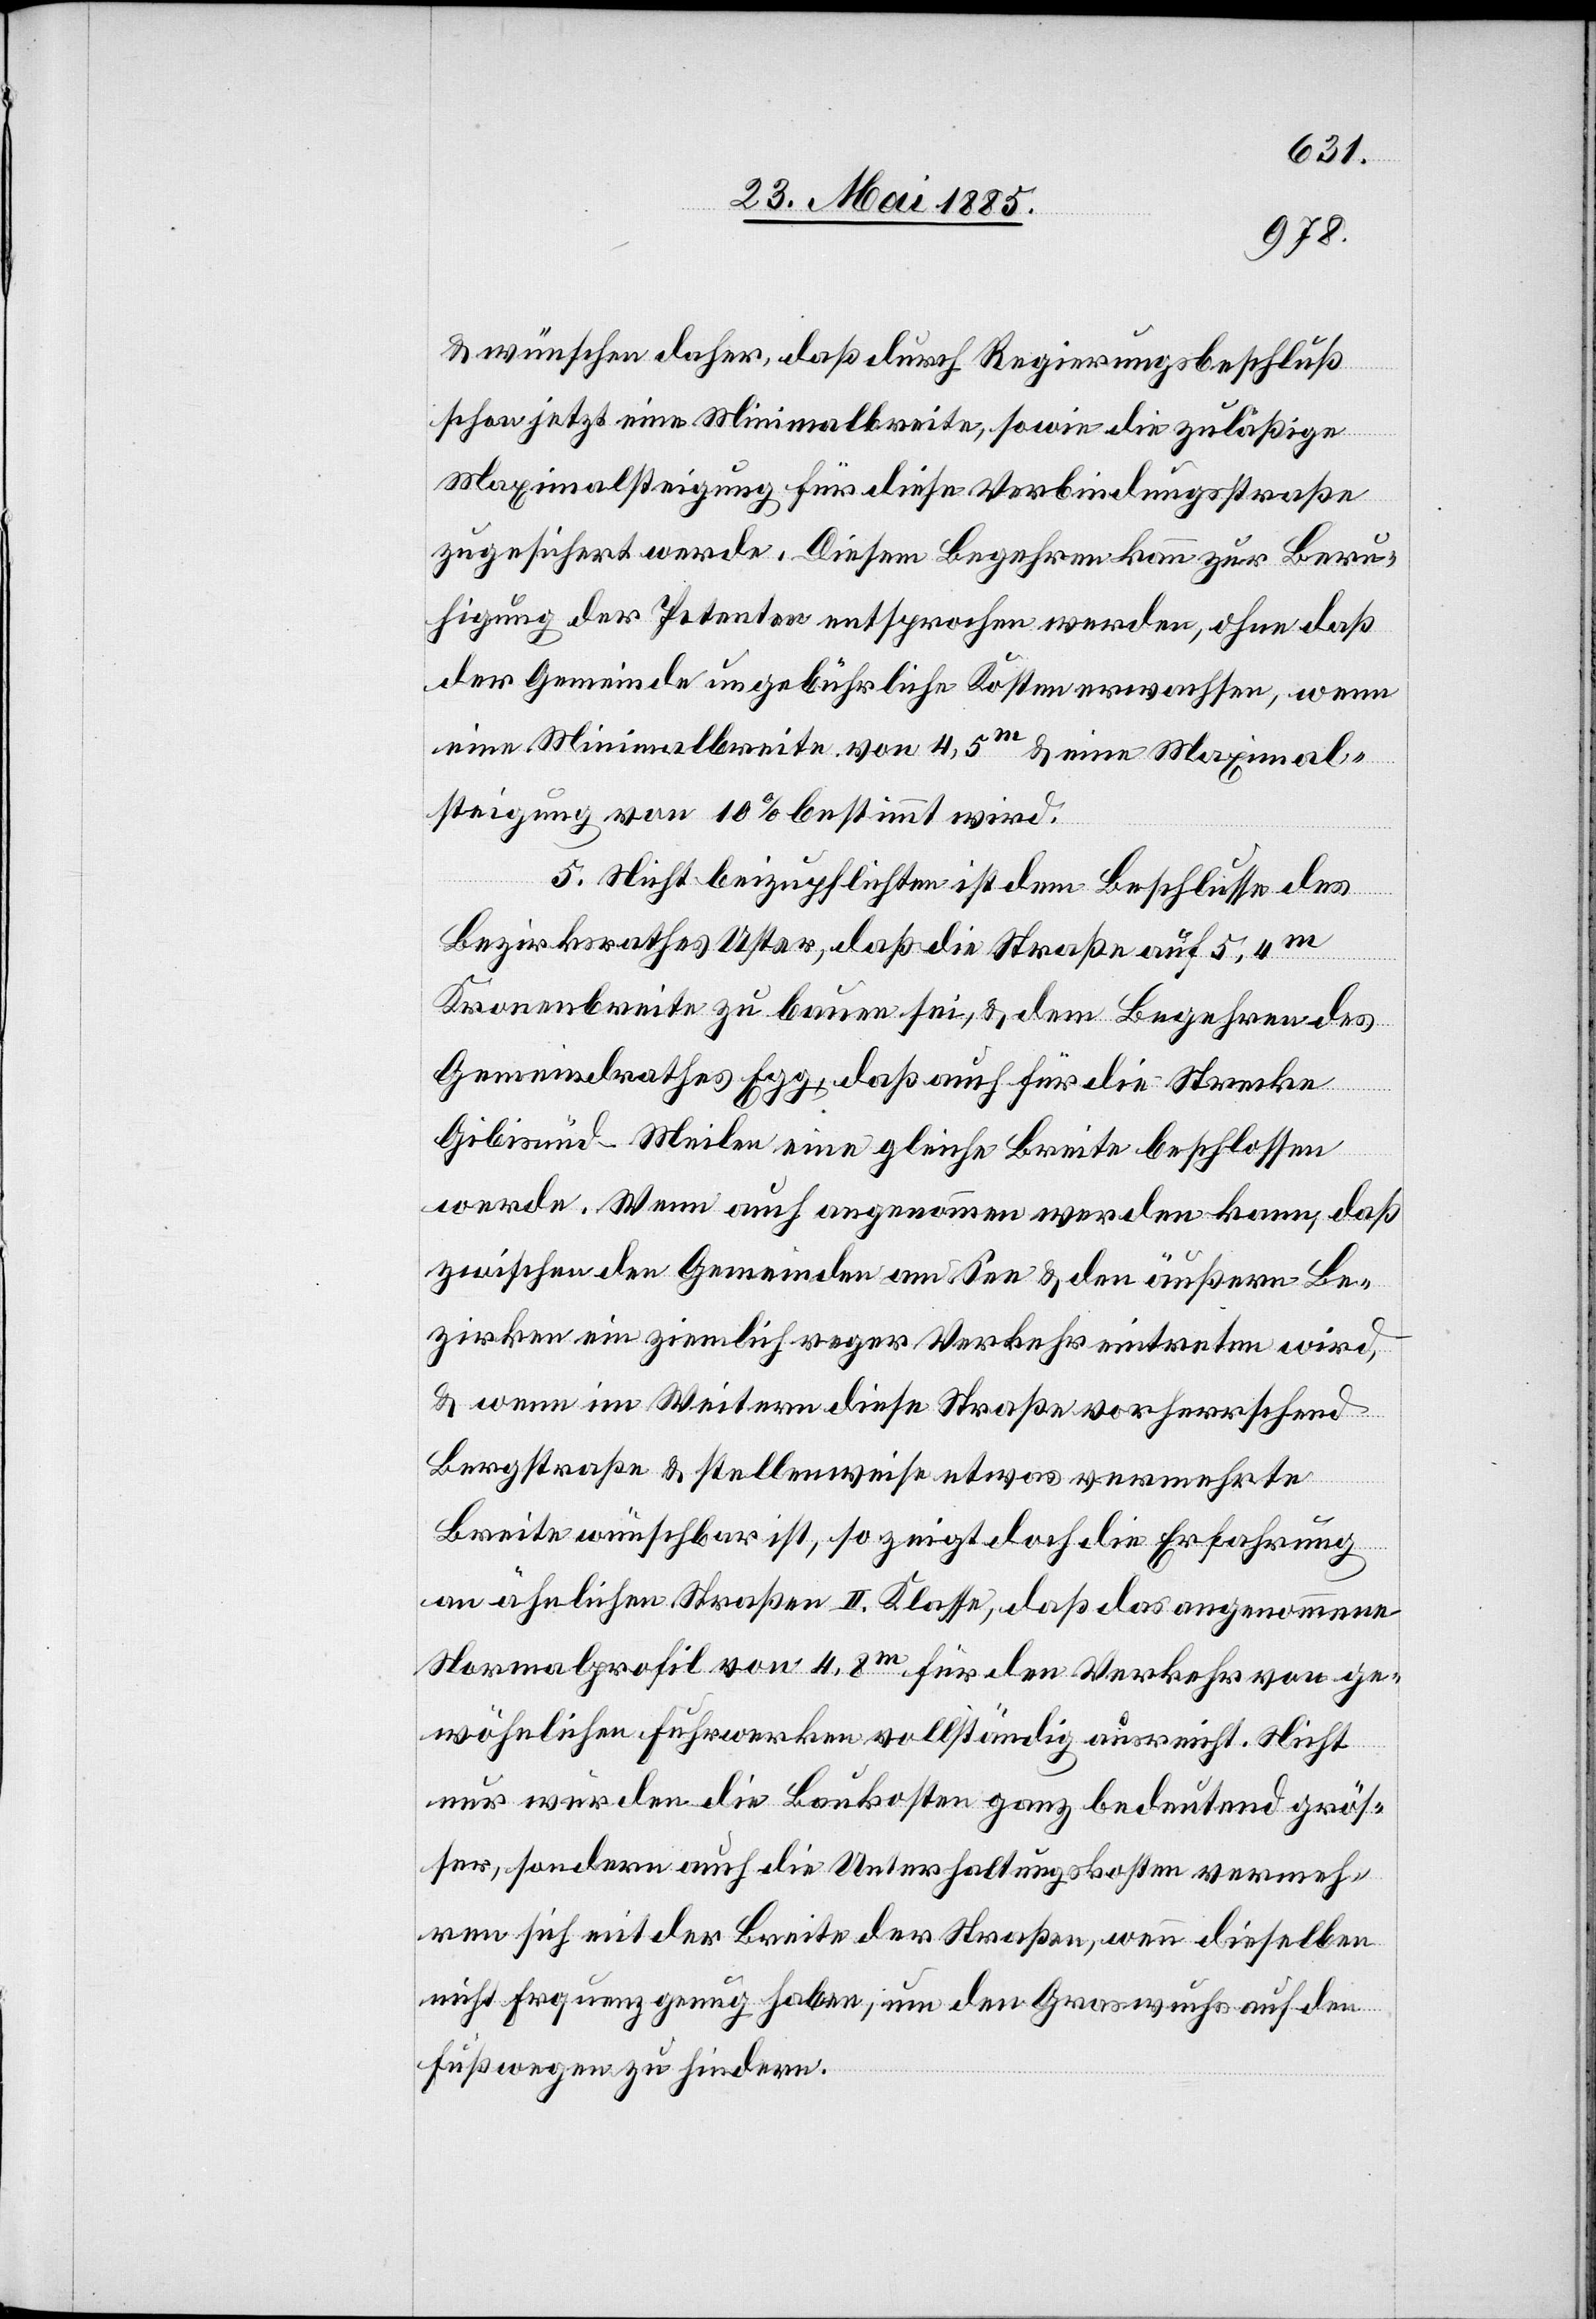
& wünschen daher, daß durch Regierungsbeschluß
schon jetzt eine Minimalbreite, sowie die zuläßige
Maximalsteigung für diese Verbindungsstraße
zugesichert werde. Diesem Begehren kann zur Beru¬
higung der Petenten entsprochen werden, ohne daß
der Gemeinde ungebührliche Kosten erwachsen, wenn
eine Minimalbreite von 4,5 m & eine Maximal¬
steigung von 10% bestimmt wird.
5. Nicht beizupflichten ist dem Beschlusse des
Bezirksrathes Uster, daß die Straße auf 5,4 m
Kronenbreite zu bauen sei, & dem Begehren des
Gemeindrathes Egg, daß auch für die Strecke
Gibisnüd–Meilen eine gleiche Breite beschlossen
werde. Wenn auch angenommen werden kann, daß
zwischen den Gemeinden am See & den äußern Be¬
zirken ein ziemlich reger Verkehr eintreten wird,
& wenn im Weitern diese Straße vorherrschend
Bergstraße & stellenweise etwas vermehrte
Breite wünschbar ist, so zeigt doch die Erfahrung
an ähnlichen Straßen II. Klasse, daß das angenommene
Normalprofil von 4,8 m für den Verkehr von ge¬
wöhnlichen Fuhrwerken vollständig ausreicht. Nicht
nur würden die Baukosten ganz bedeutend grös¬
ser, sondern auch die Unterhaltungskosten vermeh¬
ren sich mit der Breite der Straßen, wenn dieselben
nicht Frequenz genug haben, um den Graswuchs auf den
Fußwegen zu hindern.